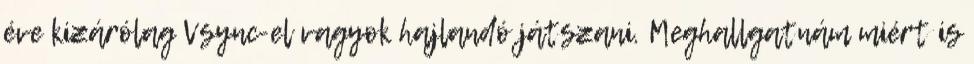
éve kizárólag Vsync-el vagyok hajlandó játszani. Meghallgatnám miért is